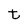
Character: t